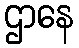
ဌာနေ